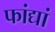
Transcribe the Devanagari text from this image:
फांद्यां